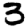
Digit: 3